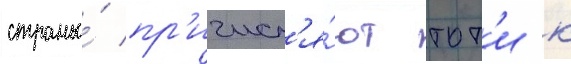
страны́ пр'ичисл'я́ют тот'и к